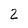
Character: 2